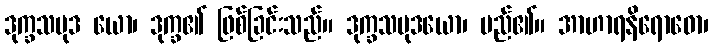
ဒုက္ခသမုဒ ယော၊ ဒုက္ခ၏ ဖြစ်ခြင်းသည်။ ဒုက္ခသမုဒယော၊ မည်၏။ အာဟာရနိရောဓော၊